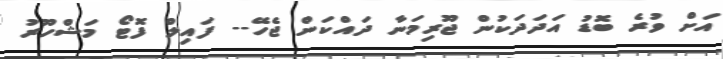
އަށް ވުރެ ބޮޑު އަދަދަކުން ޖޫރިމަނާ ދައްކަން ޖެހޭ-- ފައިލް ފޮޓޯ މަޝްހޫރު